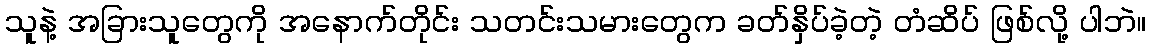
သူနဲ့ အခြားသူတွေကို အနောက်တိုင်း သတင်းသမားတွေက ခတ်နှိပ်ခဲ့တဲ့ တံဆိပ် ဖြစ်လို့ ပါဘဲ။